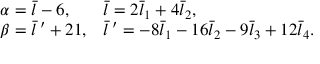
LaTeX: \begin{array} { l l } { { \alpha = \bar { l } - 6 , } } & { { \bar { l } = 2 \bar { l } _ { 1 } + 4 \bar { l } _ { 2 } , } } \\ { { \beta = \bar { l } \, ^ { \prime } + 2 1 , } } & { { \bar { l } \, ^ { \prime } = - 8 \bar { l } _ { 1 } - 1 6 \bar { l } _ { 2 } - 9 \bar { l } _ { 3 } + 1 2 \bar { l } _ { 4 } . } } \end{array}